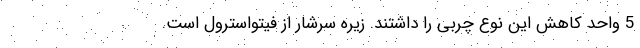
5 واحد کاهش این نوع چربی را داشتند. زیره سرشار از فیتواسترول است.